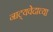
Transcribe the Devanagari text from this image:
नाट्यवेदाच्या